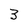
Character: 3